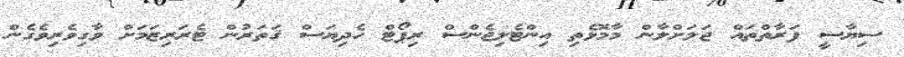
ސިޔާސީ ފަރާތްތައް ޖަލަށްލާން މާމޮޅެތި އިންޓެލިޖެންސް ރިޕޯޓް ހެދިޔަސް ޤަތަރުން ޓެރަރިޒަމަށް ވާގިވެރިވެގެން